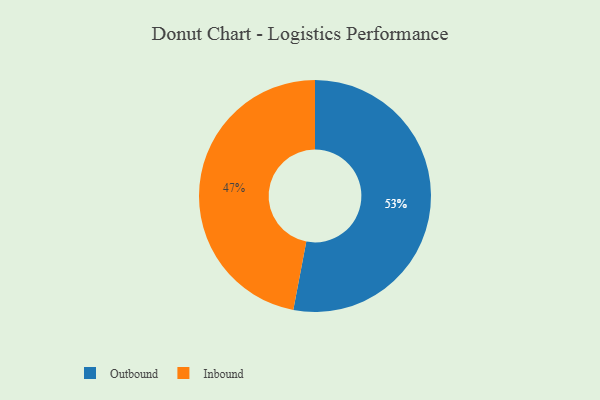
{"axis": {"x": "Category", "y": "Percentage"}, "legend": ["Inbound", "Outbound"], "data": [{"x": "Inbound", "y": 47, "type": "Inbound"}, {"x": "Outbound", "y": 53, "type": "Outbound"}]}